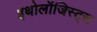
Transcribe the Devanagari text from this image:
इथोलॉजिस्ट्स